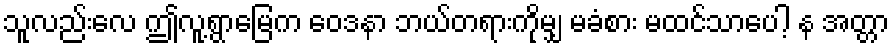
သူလည်းလေ ဤလူ့ရွာမြေက ဝေဒနာ ဘယ်တရားကိုမျှ မခံစား မထင်သာပေါ့ န အတ္တာ